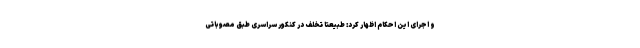
و اجرای این احکام اظهار کرد: طبیعتا تخلف در کنکور سراسری طبق مصوباتی